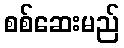
စစ်ဆေးမည်